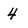
Character: 4